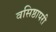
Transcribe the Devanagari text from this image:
वसिष्ठापरी